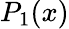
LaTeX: P_{1}(x)